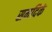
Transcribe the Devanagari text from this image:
समदिकं